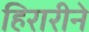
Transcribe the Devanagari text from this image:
हिरारीने